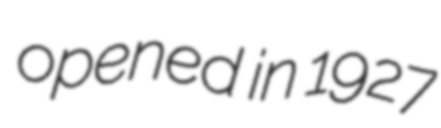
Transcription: opened in 1927